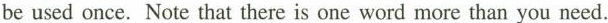
be used once. Note that there is one word more than you need.